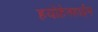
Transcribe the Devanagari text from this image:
हयोहेनहाईम